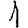
Digit: 1